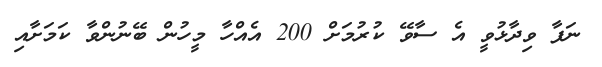
ނަފާ ވިދާޅުވީ އެ ސާވޭ ކުރުމަށް 200 އެއްހާ މީހުން ބޭނުންވާ ކަމަށާއި